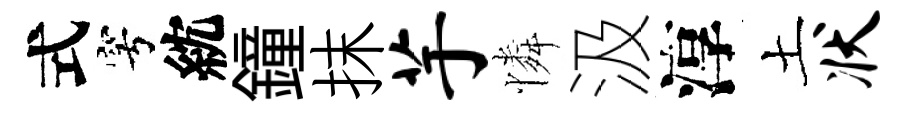
式穹紞鐘抹芋憐汲淳土状